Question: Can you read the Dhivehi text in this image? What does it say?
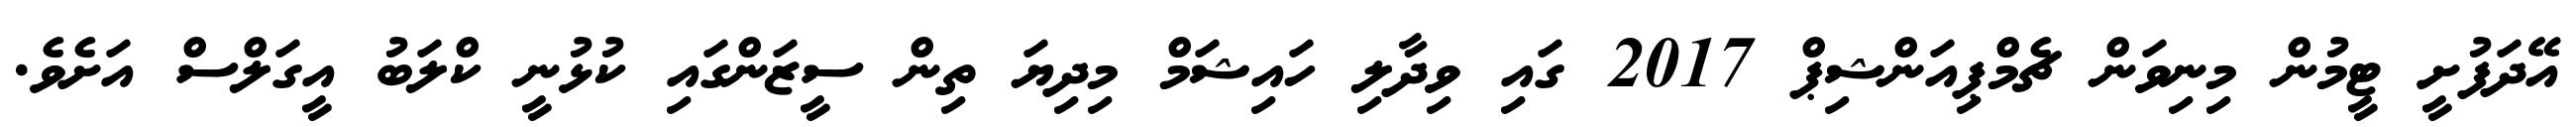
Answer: އޭދަފުށީ ޓީމުން މިނިވަން ޗެމްޕިއަންޝިޕް 2017 ގައި ވިދާލި ހައިޝަމް މިދިޔަ ތިން ސީޒަންގައި ކުޅުނީ ކްލަބު އީގަލްސް އަށެވެ.